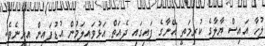
ލުހާ އައިސް ޔާލާގެ ކުރިމަތީ އޭނާގެ ފައިގައި ދެއަތް އަޅުވައިލަމުން އުޑުފައިން އިށީނެވެ.